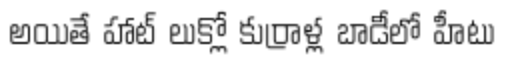
అయితే హాట్ లుక్లో కుర్రాళ్ల బాడీలో హీటు